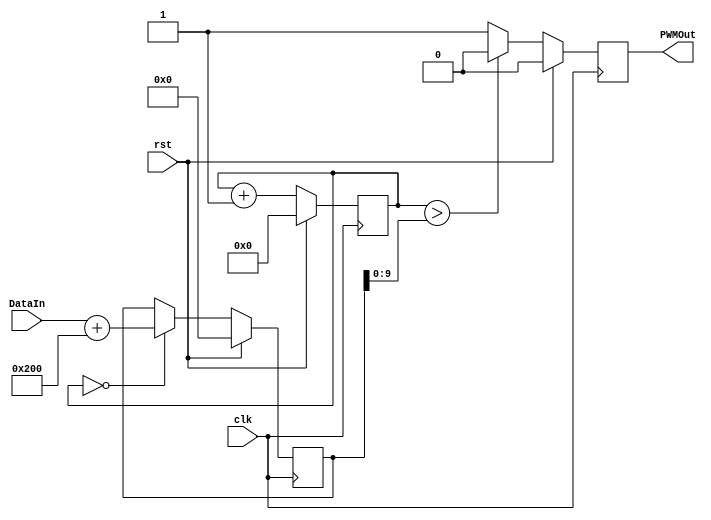
/* Generated by Yosys 0.41+108 (git sha1 111b747d2, g++ 11.4.0-1ubuntu1~22.04 -fPIC -Os) */

(* top =  1  *)
(* src = "/home/user/SDR-HLS/HLSImplementation/PWM/PWM.py:39" *)
(* generator = "Amaranth" *)
module top(clk, rst, PWMOut, DataIn);
  reg \$auto$verilog_backend.cc:2352:dump_module$1  = 0;
  wire [10:0] \$1 ;
  wire \$2 ;
  wire [12:0] \$3 ;
  wire \$4 ;
  reg [9:0] \$5 ;
  reg [11:0] \$6 ;
  reg \$7 ;
  (* src = "/home/user/SDR-HLS/HLSImplementation/PWM/PWM.py:32" *)
  input [11:0] DataIn;
  wire [11:0] DataIn;
  (* src = "/home/user/SDR-HLS/HLSImplementation/PWM/PWM.py:42" *)
  reg [11:0] DataInReg = 12'h000;
  (* src = "/home/user/SDR-HLS/HLSImplementation/PWM/PWM.py:35" *)
  output PWMOut;
  reg PWMOut = 1'h0;
  (* src = "/home/user/.local/lib/python3.10/site-packages/amaranth/hdl/_ir.py:270" *)
  input clk;
  wire clk;
  (* src = "/home/user/SDR-HLS/HLSImplementation/PWM/PWM.py:43" *)
  reg [9:0] counter = 10'h000;
  (* src = "/home/user/.local/lib/python3.10/site-packages/amaranth/hdl/_ir.py:270" *)
  input rst;
  wire rst;
  assign \$3  = DataIn + (* src = "/home/user/SDR-HLS/HLSImplementation/PWM/PWM.py:50" *) 10'h200;
  assign \$4  = counter > (* src = "/home/user/SDR-HLS/HLSImplementation/PWM/PWM.py:53" *) DataInReg[9:0];
  (* src = "/home/user/SDR-HLS/HLSImplementation/PWM/PWM.py:43" *)
  always @(posedge clk)
    counter <= \$5 ;
  (* src = "/home/user/SDR-HLS/HLSImplementation/PWM/PWM.py:42" *)
  always @(posedge clk)
    DataInReg <= \$6 ;
  (* src = "/home/user/SDR-HLS/HLSImplementation/PWM/PWM.py:35" *)
  always @(posedge clk)
    PWMOut <= \$7 ;
  assign \$1  = counter + (* src = "/home/user/SDR-HLS/HLSImplementation/PWM/PWM.py:46" *) 1'h1;
  assign \$2  = ! (* src = "/home/user/SDR-HLS/HLSImplementation/PWM/PWM.py:49" *) counter;
  always @* begin
    if (\$auto$verilog_backend.cc:2352:dump_module$1 ) begin end
    \$5  = \$1 [9:0];
    if (rst) begin
      \$5  = 10'h000;
    end
  end
  always @* begin
    if (\$auto$verilog_backend.cc:2352:dump_module$1 ) begin end
    \$6  = DataInReg;
    if (\$2 ) begin
      \$6  = \$3 [11:0];
    end
    if (rst) begin
      \$6  = 12'h000;
    end
  end
  always @* begin
    if (\$auto$verilog_backend.cc:2352:dump_module$1 ) begin end
    (* full_case = 32'd1 *)
    if (\$4 ) begin
      \$7  = 1'h0;
    end else begin
      \$7  = 1'h1;
    end
    if (rst) begin
      \$7  = 1'h0;
    end
  end

  //----------------------------- 
  // For simulation only
  //----------------------------- 
  initial begin
    $dumpfile("PWM_waves.vcd");
    $dumpvars;
  end
endmodule